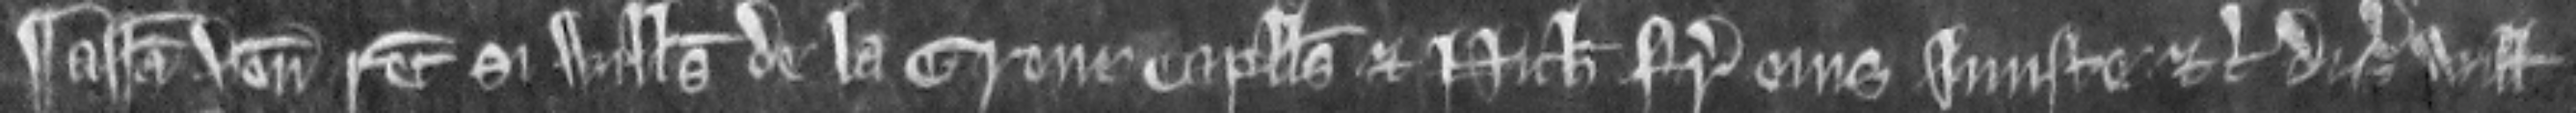
Assisa venit recognitura si Willelmus de la Grene Capellanus et Nicholaus frater ejus injuste etc. disseisiverunt Willelmum